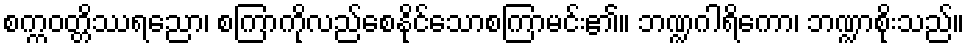
စက္ကဝတ္တိဿရညော၊ စကြာကိုလည်စေနိုင်သောစကြာမင်း၏။ ဘဏ္ဍဂါရိကော၊ ဘဏ္ဍာစိုးသည်။